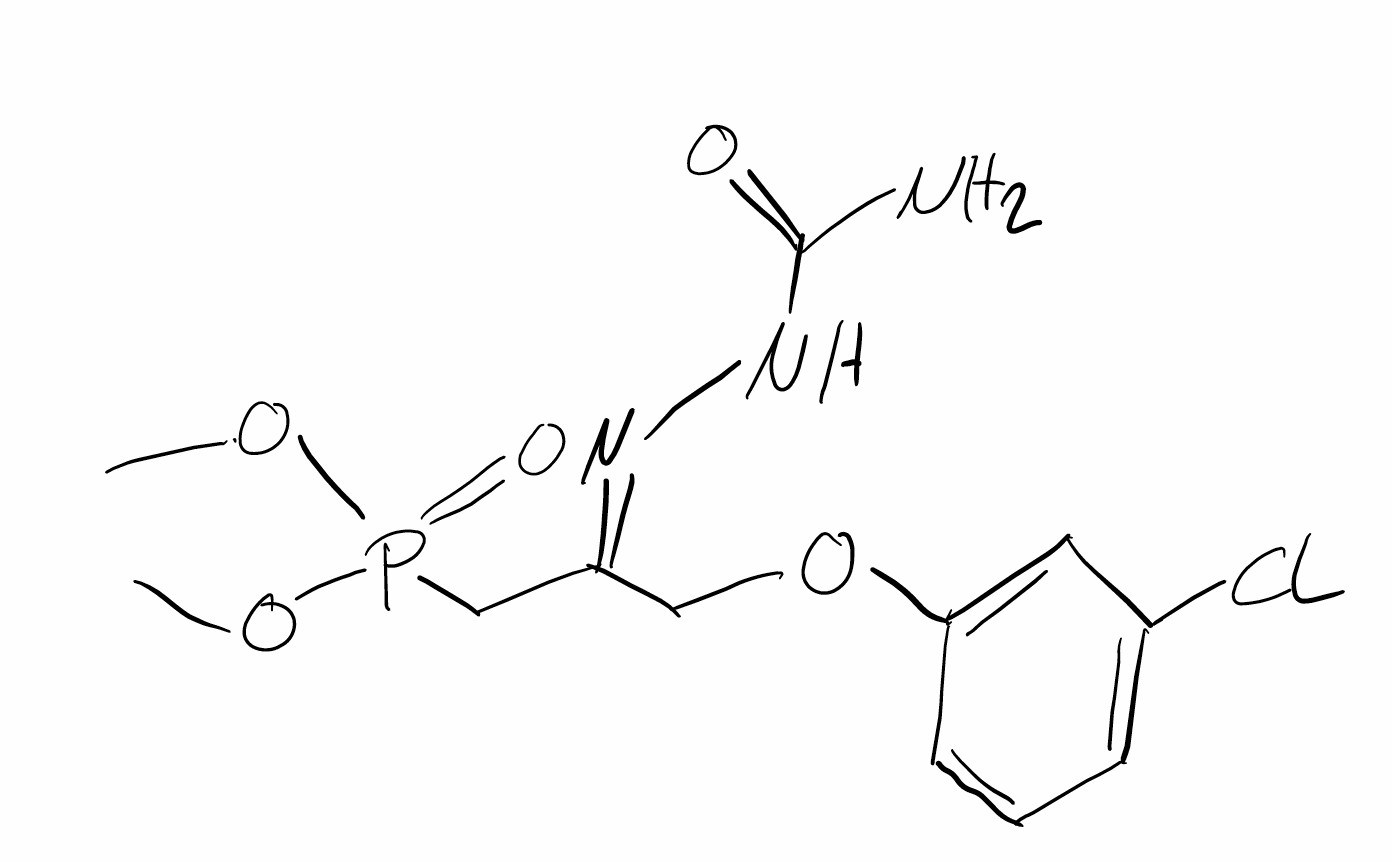
Simplified molecular-input line-entry system (SMILES) notation of the given molecule:
COP(=O)(C/C(=N/NC(=O)N)/COC1=CC(=CC=C1)Cl)OC